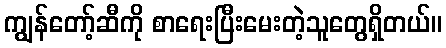
ကျွန်တော့်ဆီကို စာရေးပြီးမေးတဲ့သူတွေရှိတယ်။